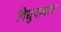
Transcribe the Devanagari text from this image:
विद्युदादान